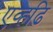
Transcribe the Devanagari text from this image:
एव्हढि